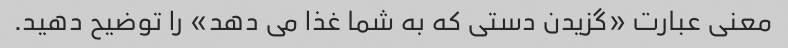
معنی عبارت «گزیدن دستی که به شما غذا می دهد» را توضیح دهید.